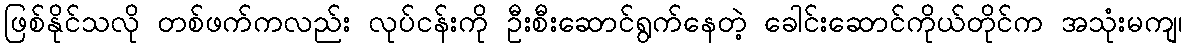
ဖြစ်နိုင်သလို တစ်ဖက်ကလည်း လုပ်ငန်းကို ဦးစီးဆောင်ရွက်နေတဲ့ ခေါင်းဆောင်ကိုယ်တိုင်က အသုံးမကျ၊